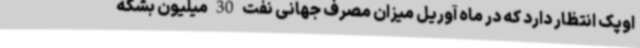
اوپک انتظار دارد که در ماه آوریل میزان مصرف جهانی نفت 30 میلیون بشکه